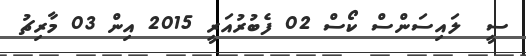
ސީ  ލައިސަންސް ކޯސް 02 ފެބުރުއަރީ 2015 އިން 03 މާރިޗު